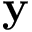
\mathbf { y }